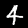
Digit: 4